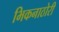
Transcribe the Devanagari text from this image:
भिकनाठोरी